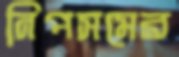
নিপসমের